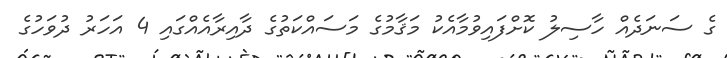
ގެ ސަނަދެއް ހާސިލު ކޮށްފައިވުމާއެކު މަޤާމުގެ މަސައްކަތުގެ ދާއިރާއެއްގައި 4 އަހަރު ދުވަހުގެ